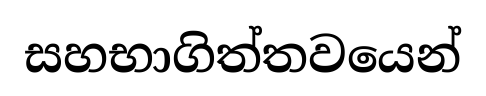
සහභාගිත්තවයෙන්